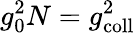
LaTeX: g_{0}^{2}N=g_{\mathrm{coll}}^{2}